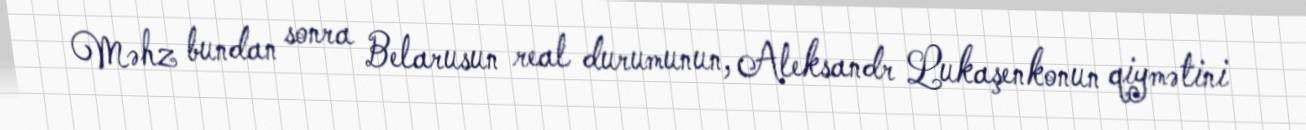
Məhz bundan sonra Belarusun real durumunun, Aleksandr Lukaşenkonun qiymətini